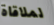
لملاقاة